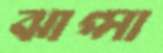
ঝাপ্সা